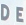
DE